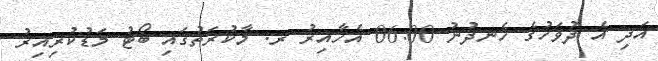
އަދި އެ ދުވަހުގެ ހެނދުނު 06:00 އެހާއިރު ރ. މާކުރަތުގައި ބޯޓު މަޑުކުރިއިރު